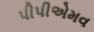
પીપીએમવ